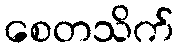
စေတသိက်